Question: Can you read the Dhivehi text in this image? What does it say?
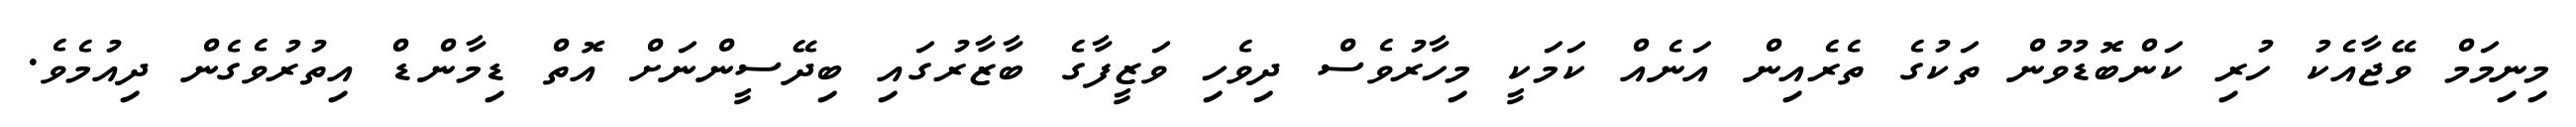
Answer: މިނިމަމް ވޭޖާއެކު ހުރި ކަންބޮޑުވުން ތަކުގެ ތެރެއިން އަނެއް ކަމަކީ މިހާރުވެސް ދިވެހި ވަޒީފާގެ ބާޒާރުގައި ބިދޭސީންނަށް އޮތް ޑިމާންޑް އިތުރުވެގެން ދިއުމެވެ.